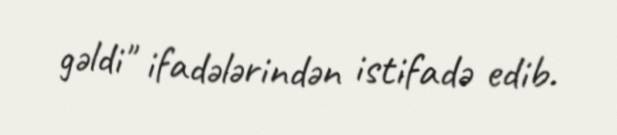
gəldi" ifadələrindən istifadə edib.